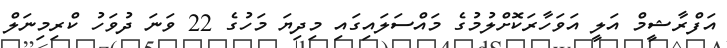
އަފްރާޝީމް އަލީ އަވަހާރަކޮށްލުމުގެ މައްސަލައިގައި މިދިޔަ މަހުގެ 22 ވަނަ ދުވަހު ކްރިމިނަލް